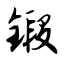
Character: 锻